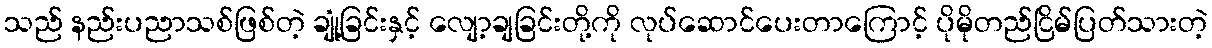
သည် နည်းပညာသစ်ဖြစ်တဲ့ ချုံ့ခြင်းနှင့် လျော့ချခြင်းတို့ကို လုပ်ဆောင်ပေးတာကြောင့် ပိုမိုတည်ငြိမ်ပြတ်သားတဲ့